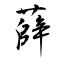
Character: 薛